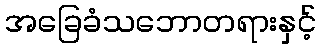
အခြေခံသဘောတရားနှင့်